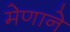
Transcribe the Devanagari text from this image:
मेणाने